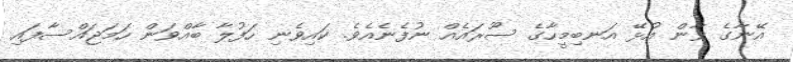
އޭނާގެ ވާން އުޅޭ އަނބިމީހާގެ ސޫރައެއް ނުފެނެއެވެ. ކައިވެނި ހަފުލާ ބާއްވަން ހަމަޖައްސާފައި